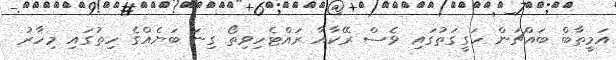
އަމީތާބް ބައްޗަން ހަގީގަތުގައި ވެސް ރޭކާއާ ރައްޓެހިވިތޯ ގިނަ ބަޔެއްގެ ހިތުގައި މިހާރު